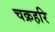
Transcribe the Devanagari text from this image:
चक्रहरि